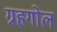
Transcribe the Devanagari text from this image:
ग्रहगोल